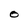
Character: O